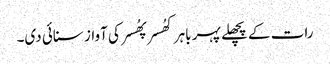
رات کے پچھلے پہر باہر کھُسر پھُسر کی آواز سنائی دی۔